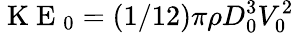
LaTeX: \mathrm{~K~E~}_{0}=(1/12)\pi\rho D_{0}^{3}V_{0}^{2}